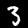
Label: 3